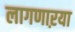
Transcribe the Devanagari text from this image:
लागणाऱया